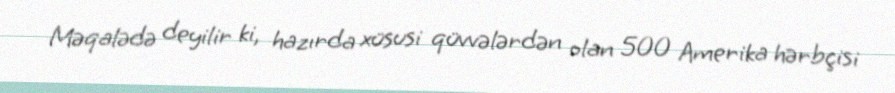
Məqalədə deyilir ki, hazırda xüsusi qüvvələrdən olan 500 Amerika hərbçisi